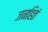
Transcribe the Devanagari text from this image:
जनहितं